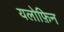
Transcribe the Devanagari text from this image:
यलोफ़िन